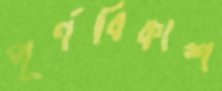
পূর্ণবিকাশ